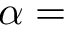
\alpha =